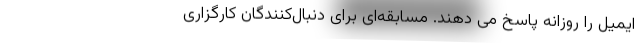
ایمیل را روزانه پاسخ می دهند. مسابقه‌ای برای دنبال‌کنندگان کارگزاری